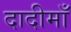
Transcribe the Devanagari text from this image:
दादीमाँ